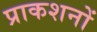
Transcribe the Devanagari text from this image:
प्राकशनों